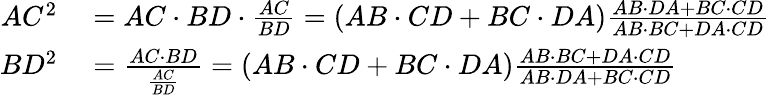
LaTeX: \begin{array}{rl}{AC^{2}}&{{}=AC\cdot BD\cdot{\frac{AC}{BD}}=(AB\cdot CD+BC\cdot DA){\frac{AB\cdot DA+BC\cdot CD}{AB\cdot BC+DA\cdot CD}}}\\ {BD^{2}}&{{}={\frac{AC\cdot BD}{\frac{AC}{BD}}}=(AB\cdot CD+BC\cdot DA){\frac{AB\cdot BC+DA\cdot CD}{AB\cdot DA+BC\cdot CD}}}\end{array}